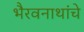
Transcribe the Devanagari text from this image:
भैरवनाथांचे